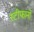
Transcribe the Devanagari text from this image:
स्टीफानो